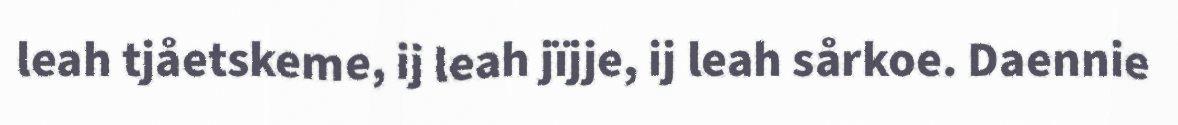
leah tjåetskeme, ij leah jïjje, ij leah sårkoe. Daennie